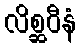
လိစ္ဆဝီနံ